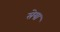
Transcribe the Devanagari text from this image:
सेया